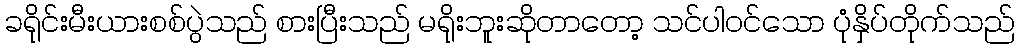
ခရိုင်းမီးယားစစ်ပွဲသည် စားပြီးသည် မရိုးဘူးဆိုတာတော့ သင်ပါဝင်သော ပုံနှိပ်တိုက်သည်